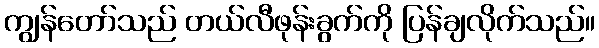
ကျွန်တော်သည် တယ်လီဖုန်းခွက်ကို ပြန်ချလိုက်သည်။